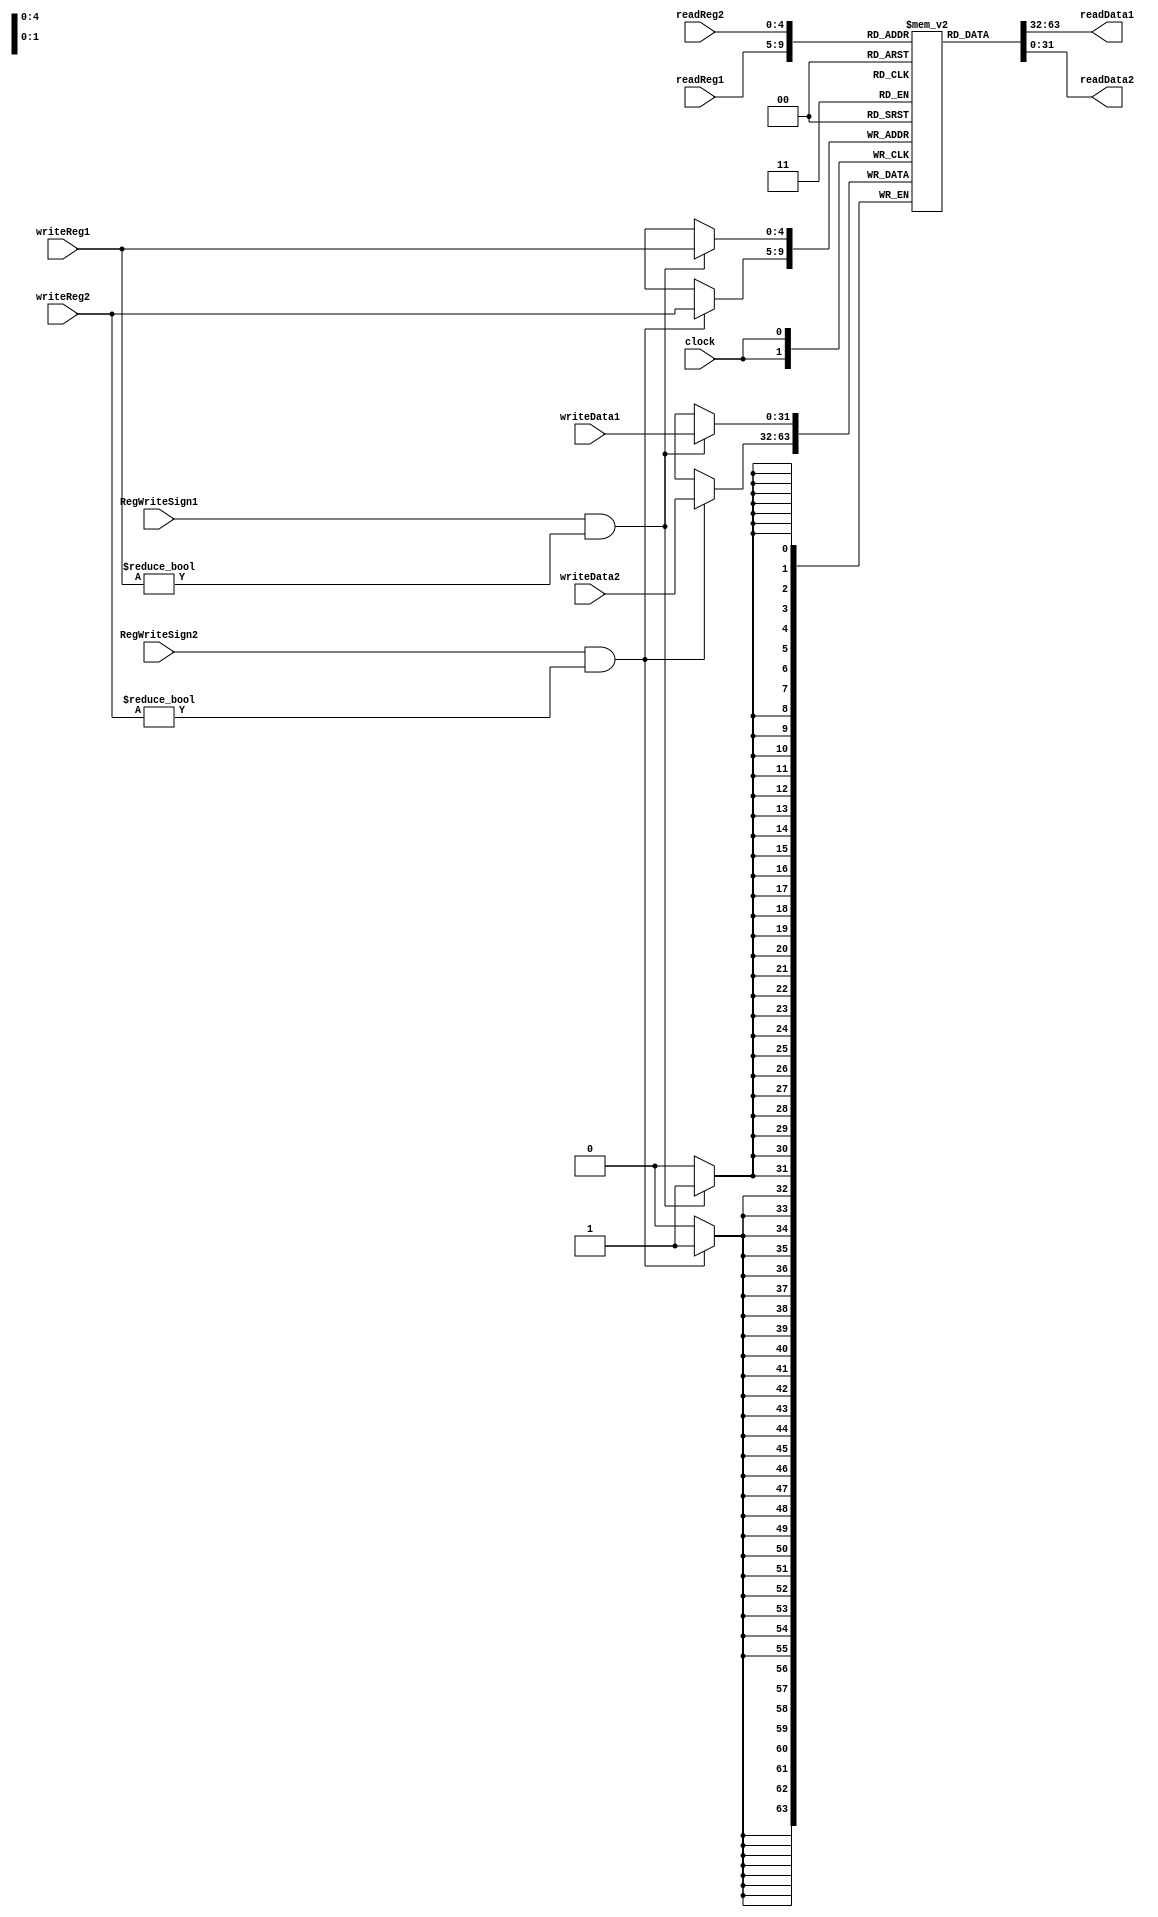
module mips_registers(readData1, readData2, readReg1, readReg2, RegWriteSign1, RegWriteSign2, writeReg1, writeReg2, writeData1, writeData2, clock);

	output [31:0] readData1, readData2;
	input [4:0] readReg1, readReg2, writeReg1, writeReg2;
	input RegWriteSign1, RegWriteSign2, clock;
	input [31:0] writeData1, writeData2;
	
	reg [31:0] registers [31:0];
	
	assign readData1 = registers[readReg1];
	assign readData2 = registers[readReg2];
	
	always @(negedge clock) begin
		if(RegWriteSign1 == 1'b1 && writeReg1 != 5'b00000) begin
			registers[writeReg1] = writeData1;
		end
		if(RegWriteSign2 == 1'b1 && writeReg2 != 5'b00000) begin
			registers[writeReg2] = writeData2;
		end
	end
	
endmodule